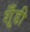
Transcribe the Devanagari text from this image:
शूँडी